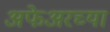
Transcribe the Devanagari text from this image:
अफेअरच्या